Insane asylums in Bengal annual reports 1876-1887 - 1876-1887
Year: 1876
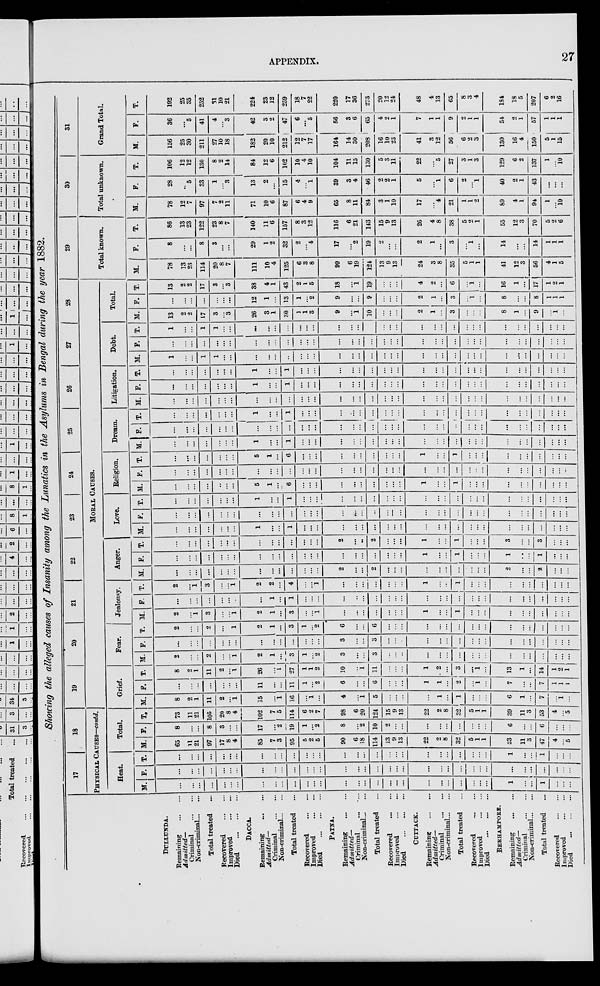
APPENDIX.
27
Showing the alleged causes of Insanity among the Lunatics in the Asylums in Bengal during the year 1882.
DULLUNDA.
Remaining
...
...
Admitted—
Criminal
...
...
Non-criminal...
...
Total treated ...
Recovered
...
...
Improved
...
...
Died
...
...
...
DACCA.
Remaining ... ...
Admitted—
Criminal
...
...
Non-criminal...
...
Total treated ...
Recovered
...
...
Improved
...
...
Died
...
...
...
PATNA.
Remaining
...
...
Admitted—
Criminal ... ...
Non-criminal ... ...
Total treated ...
Recovered
...
...
Improved
...
...
Died ... ... ...
CUTTACK.
Remaining
...
...
Admitted—
Criminal
...
...
Non-criminal ... ...
Total treated ...
Recovered ... ...
Improved
...
...
Died
...
...
...
BERHAMPORE.
Remaining
...
...
Admitted—
Criminal
...
...
Non-criminal...
...
Total treated ...
Recovered
...
...
Improved
...
...
Died
...
...
...
17
18
PHYSICAL CAUSES—contd.
Heat.
M.
...
...
...
...
...
...
...
...
...
...
...
...
...
...
...
...
...
...
...
...
...
...
...
...
...
...
...
...
1
...
...
1
...
...
...
F.
...
...
...
...
...
...
...
...
...
...
...
...
...
...
...
...
...
...
...
...
...
...
...
...
...
...
...
...
...
...
...
...
...
...
...
T.
...
...
...
...
...
...
...
...
...
...
...
...
...
...
...
...
...
...
...
...
...
...
...
...
...
...
...
...
1
...
1
...
...
...
Total.
M.
65
11
21
97
17
8
4
85
7
3
95
5
2
5
90
6
18
114
13
9
13
22
2
8
32
5
1
1
33
11
3
47
4
...
5
F.
8
...
...
8
3
...
...
17
...
2
19
1
...
2
8
...
2
10
2
...
...
...
...
...
...
...
...
...
6
...
...
6
...
...
...
T.
73
11
21
105
20
8
4
102
7
5
114
6
2
7
98
6
20
124
15
9
13
22
2
8
32
5
1
1
39
11
3
53
4
...
5
19
20
21
22
23
24
25
26
27
28
MORAL CAUSES.
Grief.
M.
8
2
1
11
2
...
1
15
...
1
16
...
1
...
4
...
1
5
...
...
...
...
1
...
1
...
...
...
6
1
...
7
...
1
...
F.
...
...
...
...
...
...
...
11
...
...
11
1
...
2
6
...
...
6
...
...
...
1
1
...
2
...
1
...
7
...
...
7
1
1
1
T.
8
2
1
11
2
...
1
26
...
1
27
1
1
2
10
...
1
11
...
...
...
1
2
...
3
...
1
...
13
1
...
14
1
2
1
Fear.
M.
2
...
...
2
...
...
1
2
1
...
3
1
...
2
3
...
...
3
...
...
...
...
...
...
...
...
...
...
...
...
...
...
...
...
...
F.
...
...
...
...
...
...
...
...
...
...
...
...
...
...
3
...
...
3
...
...
...
...
...
...
...
...
...
...
...
...
...
...
...
...
...
T.
2
...
...
2
...
...
1
2
1
...
3
1
...
2
6
...
...
6
...
...
...
...
...
...
...
...
...
...
...
...
...
...
...
...
...
Jealousy.
M.
2
...
1
3
...
...
1
2
1
...
3
...
...
1
...
...
...
...
...
...
...
1
...
...
1
...
...
...
...
...
...
...
...
...
...
F.
...
...
...
...
...
...
...
...
1
...
1
...
...
...
...
...
...
...
...
...
...
...
...
...
...
...
...
...
...
...
...
...
...
...
...
T.
2
...
1
3
...
...
1
2
2
...
4
...
...
1
...
...
...
...
...
...
...
1
...
...
1
...
...
...
...
...
...
...
...
...
...
Anger.
M.
...
...
...
...
...
...
...
...
...
...
...
...
...
...
2
...
...
2
...
...
...
...
...
...
...
...
...
...
2
...
...
2
...
...
...
F.
...
...
...
...
...
...
...
...
...
...
...
...
...
...
...
...
...
...
...
...
...
1
...
...
1
...
...
...
1
...
...
1
...
...
...
T.
...
...
...
...
...
...
...
...
...
...
...
...
...
...
2
...
...
2
...
...
...
1
...
...
1
...
...
...
3
...
...
3
...
...
...
Love.
M.
...
...
...
...
...
...
...
1
...
...
1
...
...
...
...
...
...
...
...
...
...
...
...
...
...
...
...
...
...
...
...
...
...
...
...
F.
...
...
...
...
...
...
...
...
...
...
...
...
...
...
...
...
...
...
...
...
...
...
...
...
...
...
...
...
...
...
...
...
...
...
....
T.
...
...
...
...
...
...
...
1
...
...
1
...
...
...
...
...
...
...
...
...
...
...
...
...
...
...
...
...
...
...
...
...
...
...
...
Religion.
M.
...
...
...
...
...
...
...
5
1
...
6
...
...
...
...
...
...
...
...
...
...
1
...
...
1
...
...
...
...
...
...
...
...
...
...
F.
...
...
...
...
...
...
...
...
...
...
...
...
...
...
...
...
...
...
...
...
...
...
...
...
...
...
...
...
...
...
...
...
...
...
...
T.
...
...
...
...
...
...
...
5
1
...
6
...
...
...
...
...
...
...
...
...
...
1
...
...
1
...
...
...
...
...
...
...
...
...
...
Dream.
M.
...
...
...
...
...
...
...
1
...
...
1
...
...
...
...
...
...
...
...
...
...
...
...
...
...
...
...
...
...
...
...
...
...
...
...
F.
...
...
...
...
...
...
...
...
...
...
...
...
...
...
...
...
...
...
...
...
...
...
...
...
..
...
...
...
...
...
...
...
...
...
...
T.
...
...
...
...
...
...
...
1
...
...
1
...
...
...
...
...
...
...
...
...
...
...
...
...
...
...
...
...
...
...
...
...
...
...
...
Litigation.
M.
...
...
...
...
...
...
...
...
...
...
...
...
...
...
...
...
...
...
...
...
...
...
...
...
...
...
...
...
...
...
...
...
...
...
...
F.
...
...
...
...
...
...
...
1
...
...
1
...
...
...
...
...
...
...
...
...
...
...
...
...
...
...
...
...
...
...
...
...
...
...
...
T.
...
...
...
...
...
...
...
1
...
...
1
...
...
...
...
...
...
...
...
...
...
...
...
...
...
...
...
...
...
...
...
...
...
...
...
Debt.
M.
1
...
...
1
1
...
...
...
...
...
...
...
...
...
...
...
...
...
...
...
...
...
...
...
...
...
...
...
...
...
...
...
...
...
...
F.
...
...
...
...
...
...
...
...
...
...
...
...
...
...
...
...
...
...
...
...
...
...
...
...
...
...
...
...
...
...
...
...
...
...
...
T.
1
...
...
1
1
...
...
...
...
...
...
...
...
...
...
...
...
...
...
...
...
...
...
...
...
...
...
...
...
...
...
...
...
...
...
Total.
M.
13
2
2
17
3
...
3
26
3
1
30
1
1
3
9
...
1
10
...
...
...
2
1
...
3
...
...
...
8
1
...
9
...
1
...
F.
...
...
...
...
...
...
...
12
1
...
13
1
...
2
9
...
...
9
...
...
...
2
1
...
3
...
1
...
8
...
...
8
1
1
1
T.
13
2
2
17
3
...
3
38
4
1
43
2
1
5
18
...
1
19
...
...
...
4
2
...
6
...
1
...
16
1
...
17
1
2
1
29
Total known.
M.
78
13
23
114
20
8
7
111
10
4
125
6
3
8
99
6
19
124
13
9
13
24
3
8
35
5
1
1
41
12
3
56
4
1
5
F.
8
...
...
8
3
...
...
29
1
2
32
2
...
4
17
...
2
19
2
...
...
2
1
...
3
...
1
...
14
...
...
14
1
1
1
T.
86
13
23
122
23
8
7
140
11
6
157
8
3
12
116
6
21
143
15
9
13
26
4
8
38
5
2
1
55
12
3
70
5
2
6
30
Total unknown.
M.
78
12
7
97
7
2
11
71
10
6
87
6
4
9
65
8
11
84
3
1
10
17
...
4
21
1
1
2
89
4
1
94
1
...
10
F.
28
...
5
33
1
...
3
13
2
...
15
4
...
1
39
3
4
46
2
2
1
5
...
1
6
2
...
1
40
2
1
43
...
...
...
T.
106
12
12
130
8
2
14
84
12
6
102
10
4
10
104
11
15
130
5
3
11
22
...
5
27
3
1
3
129
6
2
137
1
...
10
31
Grand Total.
M.
156
25
30
211
27
10
18
182
20
10
212
12
7
17
164
14
30
208
16
10
23
41
3
12
56
6
2
3
130
16
4
150
5
1
15
F.
36
...
5
41
4
...
3
42
3
2
47
6
...
5
56
3
6
65
4
2
1
7
1
1
9
2
1
1
54
2
1
57
1
1
1
T.
192
25
35
252
31
10
21
224
23
12
259
18
7
22
220
17
36
273
20
12
24
48
4
13
65
8
3
4
184
18
5
207
6
2
16